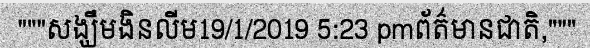
"""សង្ឃឹមងិនលីម19/1/2019 5:23 pmព័ត៌មានជាតិ,"""